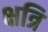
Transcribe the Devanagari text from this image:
क्षत्रि